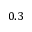
0 . 3